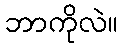
ဘာကိုလဲ။